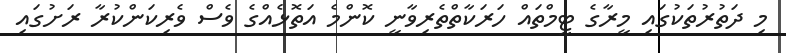
މި ދަތުރުތަކުގައި މީރާގެ ޓީމްތައް ހަރަކާތްތެރިވާނީ ކޮންމެ އަތޮޅެއްގެ ވެސް ވެރިކަންކުރާ ރަށުގައި